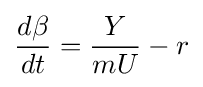
{\frac {d\beta }{dt}}={\frac {Y}{mU}}-r